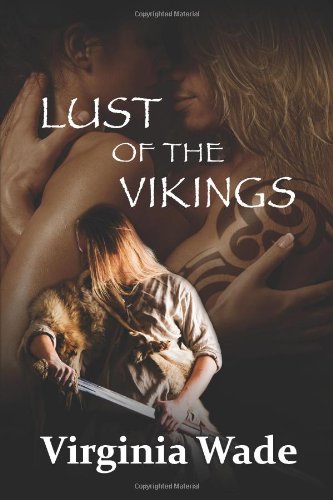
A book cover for Lust of the Vikings; Virginia Wade; Romance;